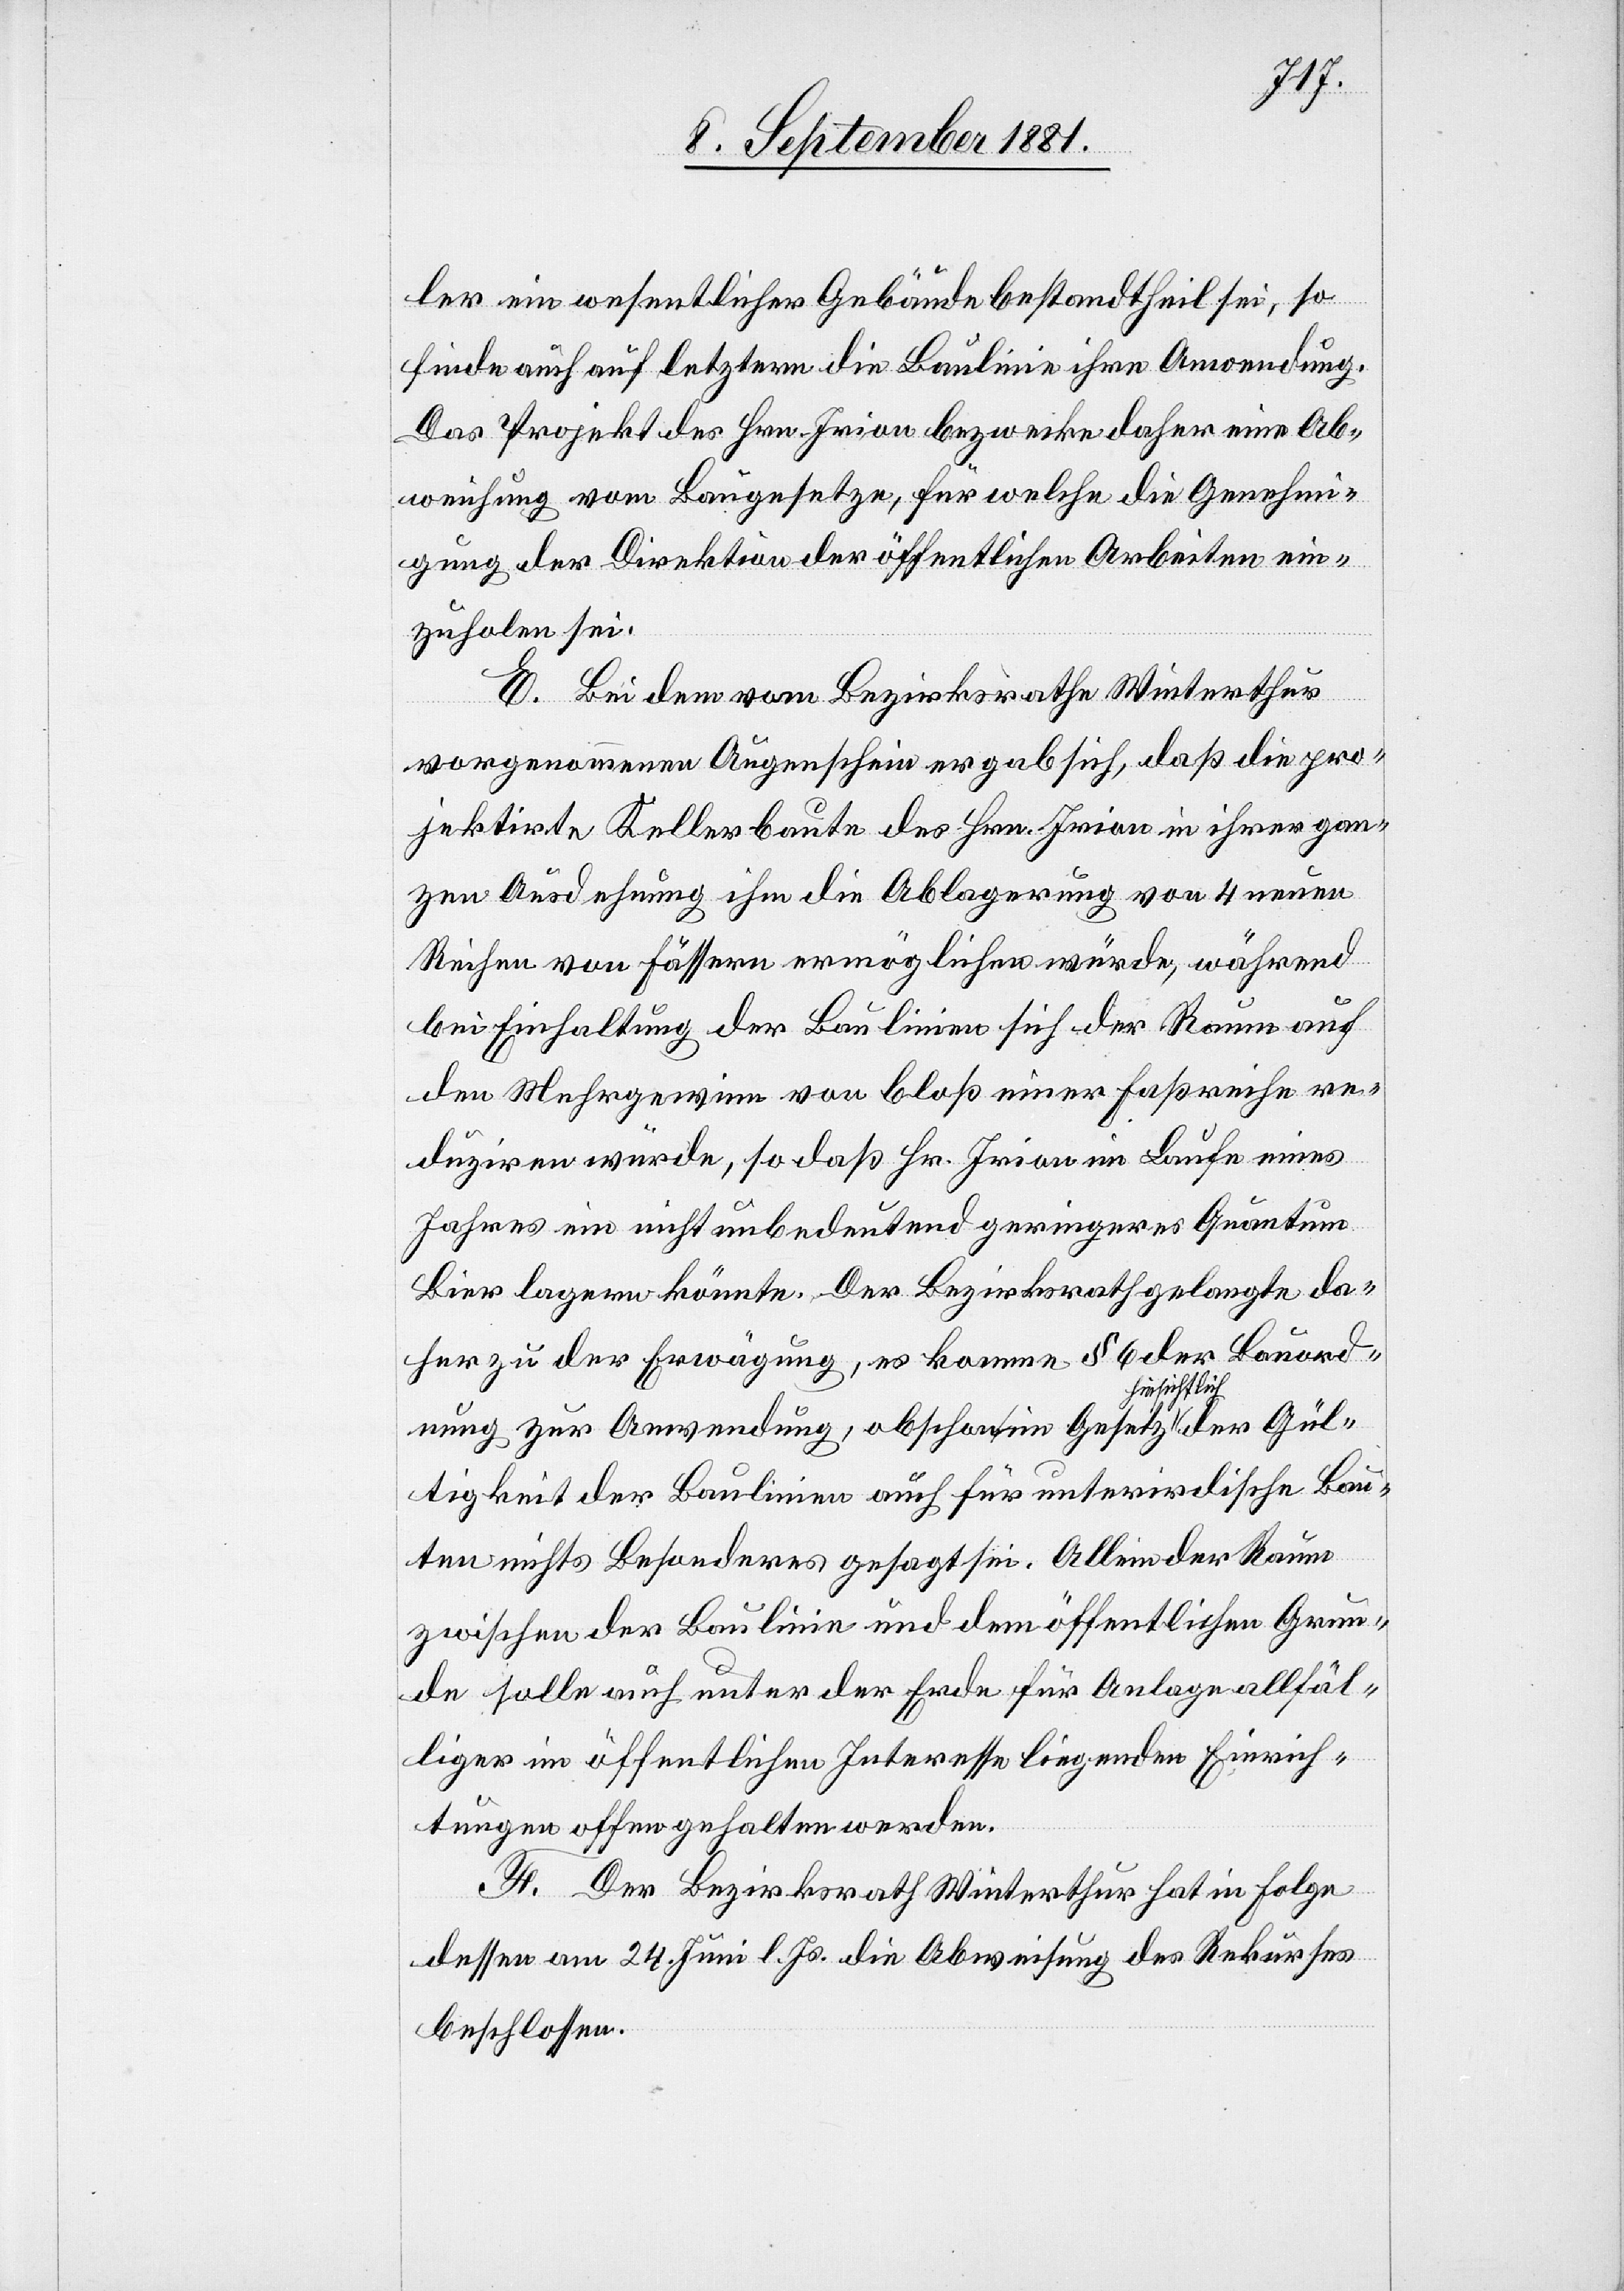
Gül¬
ler ein wesentlicher Gebäudebestandtheil sei, so
finde auch auf letztern die Baulinie ihre Anwendung.
Das Projekt des Hrn. Irion bezwecke daher eine Ab¬
weichung vom Baugesetze, für welche die Genehmi¬
gung der Direktion der öffentlichen Arbeiten ein¬
zuholen sei.
E. Bei dem vom Bezirksrathe Winterthur
vorgenommenen Augenschein ergab sich, daß die pro¬
jektirte Kellerbaute des Hrn. Irion in ihrer gan¬
zen Ausdehnung ihm die Ablagerung von 4 neuen
Reihen von Fässern ermöglichen würde, während
bei Einhaltung der Baulinie sich der Raum auf
den Mehrgewinn von bloß einer Faßreihe re¬
duziren würde, so daß Hr. Irion im Laufe eines
Jahres ein nicht unbedeutend geringeres Quantum
Bier lagern könnte. Der Bezirksrath gelangte da¬
her zu der Erwägung, es komme § 6 der Bauord¬
sichtlich
nung zur Anwendung, obschon im Gesetz hin¬
tigkeit der Baulinie auch für unterirdische Bau¬
ten nichts Besonderes gesagt sei. Allein der Raum
zwischen der Baulinie und dem öffentlichen Grun¬
de solle auch unter der Erde für Anlage allfäl¬
liger im öffentlichen Interesse liegenden Einrich¬
tungen offen gehalten werden.
F. Der Bezirksrath Winterthur hat in Folge
dessen am 24. Juni l. Js. die Abweisung des Rekurses
beschlossen.